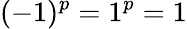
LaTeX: (-1)^{p}=1^{p}=1